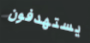
يستهدفون